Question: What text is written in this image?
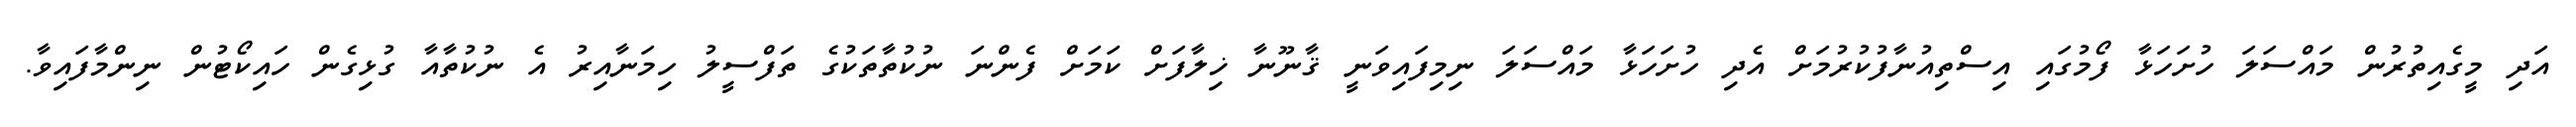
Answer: އަދި މީގެއިތުރުން މައްސަލަ ހުށަހަޅާ ފޯމުގައި އިސްތިއުނާފުކުރުމަށް އެދި ހުށަހަޅާ މައްސަލަ ނިމިފައިވަނީ ޤާނޫނާ ޚިލާފަށް ކަމަށް ފެންނަ ނުކުތާތަކުގެ ތަފްސީލު ހިމަނާއިރު އެ ނުކުތާއާ ގުޅިގެން ހައިކޯޓުން ނިންމާފައިވާ.